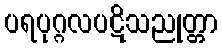
ပရပုဂ္ဂလပဋိသညုတ္တာ